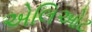
એલિઓટ